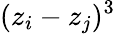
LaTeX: (z_{i}-z_{j})^{3}